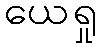
ယေရှု